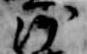
沙